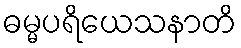
ဓမ္မပရိယေသနာတိ